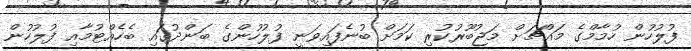
ފުލުހުން ހުމާމްގެ މައްޗަށް މަޖުބޫރުކުރި ކަމަށް ބުނެފައިވަނީ ފުލުހުންގެ ބަންދުގައި ބެހެއްޓުމާއި ފުލުހުން